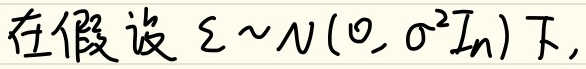
在假设 $\varepsilon \sim N(0, \sigma^{2}I_{n})$ 下,